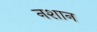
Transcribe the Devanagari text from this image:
नशान